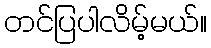
တင်ပြပါလိမ့်မယ်။